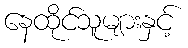
နေထိုင်သူများနှင့်